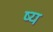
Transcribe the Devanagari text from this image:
ष्य